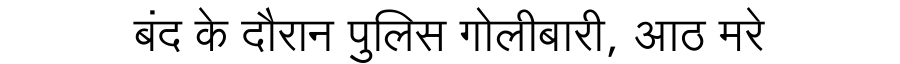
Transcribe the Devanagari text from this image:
बंद के दौरान पुलिस गोलीबारी, आठ मरे